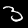
Digit: 3